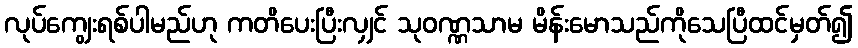
လုပ်ကျွေးရစ်ပါမည်ဟု ကတိပေးပြီးလျှင် သုဝဏ္ဏသာမ မိန်းမောသည်ကိုသေပြီထင်မှတ်၍